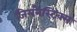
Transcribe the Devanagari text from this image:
जिमनैस्टिक्स